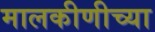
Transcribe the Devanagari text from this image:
मालकीणीच्या